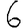
Digit: 6